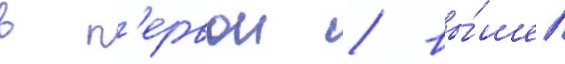
в п'ервои / вы́шел